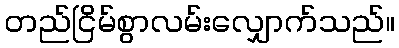
တည်ငြိမ်စွာလမ်းလျှောက်သည်။